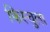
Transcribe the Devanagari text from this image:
फिस्‍चुला